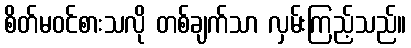
စိတ်မဝင်စားသလို တစ်ချက်သာ လှမ်းကြည့်သည်။